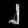
Digit: ၂